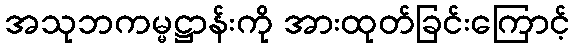
အသုဘကမ္မဋ္ဌာန်းကို အားထုတ်ခြင်းကြောင့်